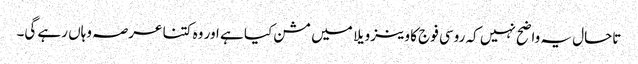
تاحال یہ واضح نہیں کہ روسی فوج کا وینزویلا میں مشن کیا ہے اور وہ کتنا عرصہ وہاں رہے گی۔